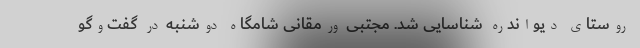
روستای دیواندره شناسایی شد. مجتبی ورمقانی شامگاه دوشنبه در گفت‌وگو